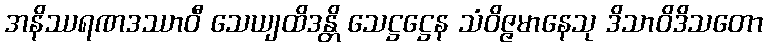
အနိဿရဏဒဿာဝီ သေယျထိဒန္တိ သေဋ္ဌဋ္ဌေန သံဝိဇ္ဇမာနေသု ဒိသာဝိဒိသတော